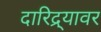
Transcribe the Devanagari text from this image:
दारिद्र्यावर